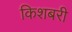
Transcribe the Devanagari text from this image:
किशबरी